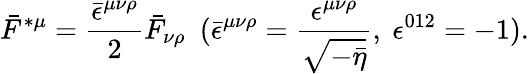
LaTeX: \bar{F}^{\ast\mu}=\frac{\bar{\epsilon}^{\mu\nu\rho}}{2}\bar{F}_{\nu\rho}~~(\bar{\epsilon}^{\mu\nu\rho}=\frac{\epsilon^{\mu\nu\rho}}{\sqrt{-\bar{\eta}}},~\epsilon^{012}=-1).